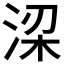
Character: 𬇲